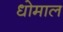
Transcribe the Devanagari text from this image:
धोमाल